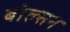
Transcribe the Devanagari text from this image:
बोल्सन